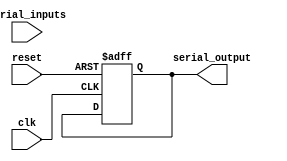
module SerialArbiter (
    input wire clk,
    input wire reset,
    input wire [3:0] serial_inputs,
    output reg serial_output
);

reg [3:0] input_priority;
reg clock_enable;

always @ (posedge clk or posedge reset) begin
    if (reset) begin
        input_priority <= 4'b0000;
        clock_enable <= 1'b0;
        serial_output <= 1'b0;
    end else begin
        // Arbiter logic to determine input priority
        // Implement your logic here
        
        // Synchronization logic to sample input signals at the correct times
        // Implement your logic here
        
        // Control logic to manage data flow and prevent conflicts
        // Implement your logic here
        
        // Set serial output signal based on processed input signals
        // Implement your logic here
    end
end

endmodule